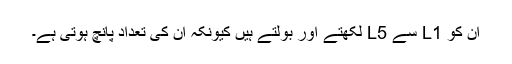
ان کو L1 سے L5 لکھتے اور بولتے ہیں کیونکہ ان کی تعداد پانچ ہوتی ہے۔